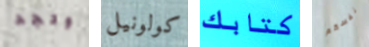
وتجد كولونيل كتابك نفسكم